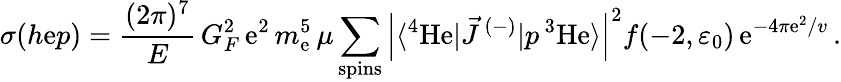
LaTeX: \sigma(h\mathrm{e}p)=\frac{{(2\pi)^{7}}}{{E}}\, G_{F}^{2}\, \mathrm{e}^{2}\, m_{\mathrm{e}}^{5}\, \mu\sum_{\mathrm{{spins}}}\left|\langle{^4{\mathrm{{H\mathrm{e}}}}}|\vec{{J}}\, ^{(-)}|p\, {^3{\mathrm{{H\mathrm{e}}}}}\rangle\right|^{2}f(-2,\varepsilon_{0})\, \mathrm{e}^{{-4\pi\mathrm{e}^{2}}/{v}}\, .